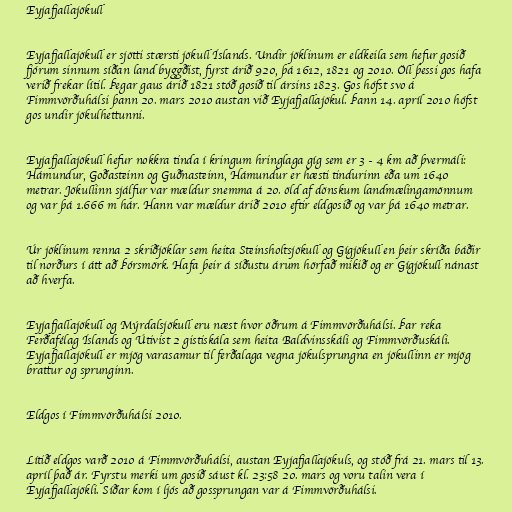
Eyjafjallajökull

Eyjafjallajökull er sjötti stærsti jökull Íslands. Undir jöklinum er eldkeila sem hefur gosið
fjórum sinnum síðan land byggðist, fyrst árið 920, þá 1612, 1821 og 2010. Öll þessi gos hafa
verið frekar lítil. Þegar gaus árið 1821 stóð gosið til ársins 1823. Gos hófst svo á
Fimmvörðuhálsi þann 20. mars 2010 austan við Eyjafjallajökul. Þann 14. apríl 2010 hófst
gos undir jökulhettunni.

Eyjafjallajökull hefur nokkra tinda í kringum hringlaga gíg sem er 3 - 4 km að þvermáli:
Hámundur, Goðasteinn og Guðnasteinn, Hámundur er hæsti tindurinn eða um 1640
metrar. Jökullinn sjálfur var mældur snemma á 20. öld af dönskum landmælingamönnum
og var þá 1.666 m hár. Hann var mældur árið 2010 eftir eldgosið og var þá 1640 metrar.

Úr jöklinum renna 2 skriðjöklar sem heita Steinsholtsjökull og Gígjökull en þeir skríða báðir
til norðurs í átt að Þórsmörk. Hafa þeir á síðustu árum hörfað mikið og er Gígjökull nánast
að hverfa.

Eyjafjallajökull og Mýrdalsjökull eru næst hvor öðrum á Fimmvörðuhálsi. Þar reka
Ferðafélag Íslands og Útivist 2 gistiskála sem heita Baldvinsskáli og Fimmvörðuskáli.
Eyjafjallajökull er mjög varasamur til ferðalaga vegna jökulsprungna en jökullinn er mjög
brattur og sprunginn.

Eldgos í Fimmvörðuhálsi 2010.

Lítið eldgos varð 2010 á Fimmvörðuhálsi, austan Eyjafjallajökuls, og stóð frá 21. mars til 13.
apríl það ár. Fyrstu merki um gosið sáust kl. 23:58 20. mars og voru talin vera í
Eyjafjallajökli. Síðar kom í ljós að gossprungan var á Fimmvörðuhálsi.